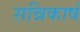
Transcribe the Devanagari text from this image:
सन्निकार्ष